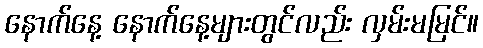
နောက်နေ့ နောက်နေ့များတွင်လည်း လှမ်းမမြင်။